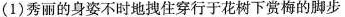
(1)秀丽的身姿不时地拽住穿行于花树下赏梅的脚步